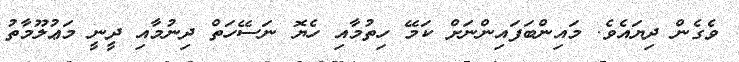
ވެގެން ދިޔައެވެ. މައިންބަފައިންނަށް ކަމޭ ހިތުމާއި ހެޔޮ ނަސޭހަތް ދިނުމާއި ދީނީ މަޢުލޫމާތު